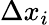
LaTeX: \Delta x_{i}